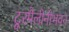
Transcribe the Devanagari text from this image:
टूरमैलीनीभवन